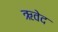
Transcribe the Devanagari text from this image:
ऋवेद